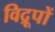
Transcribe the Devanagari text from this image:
विद्रूपों